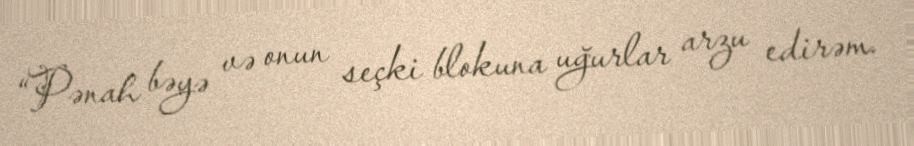
“Pənah bəyə və onun seçki blokuna uğurlar arzu edirəm.